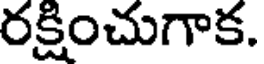
రక్షించుగాక.